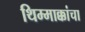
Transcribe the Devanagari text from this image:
थिम्माक्कांचा